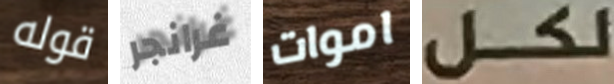
قوله غرانجر اموات لكل